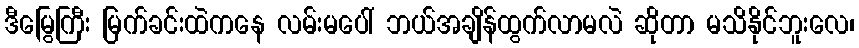
ဒီမြွေကြီး မြက်ခင်းထဲကနေ လမ်းမပေါ် ဘယ်အချိန်ထွက်လာမလဲ ဆိုတာ မသိနိုင်ဘူးလေ၊